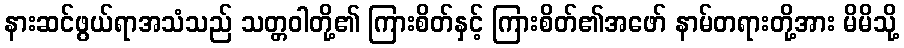
နားဆင်ဖွယ်ရာအသံသည် သတ္တဝါတို့၏ ကြားစိတ်နှင့် ကြားစိတ်၏အဖော် နာမ်တရားတို့အား မိမိသို့